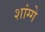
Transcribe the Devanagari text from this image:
शांग्गे